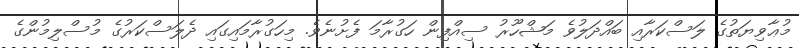
މުޢާވިޔަތުގެ ލަސްކަރާއި ބައްދަލުވެ މަޝްހޫރު ސިއްފިން ހަގުރާމަ ފެށުނެވެ. މިހަގުރާމައިގައި ދެލަސްކަރުގެ މުސްލިމުންގެ